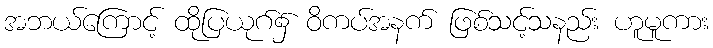
အဘယ်ကြောင့် ထိုပြယုဂ်၌ ဝိကပ်အနက် ဖြစ်သင့်သနည်း ဟူမူကား